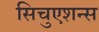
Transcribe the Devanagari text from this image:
सिचुएशन्स